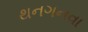
થનગનવા